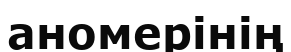
аномерінің